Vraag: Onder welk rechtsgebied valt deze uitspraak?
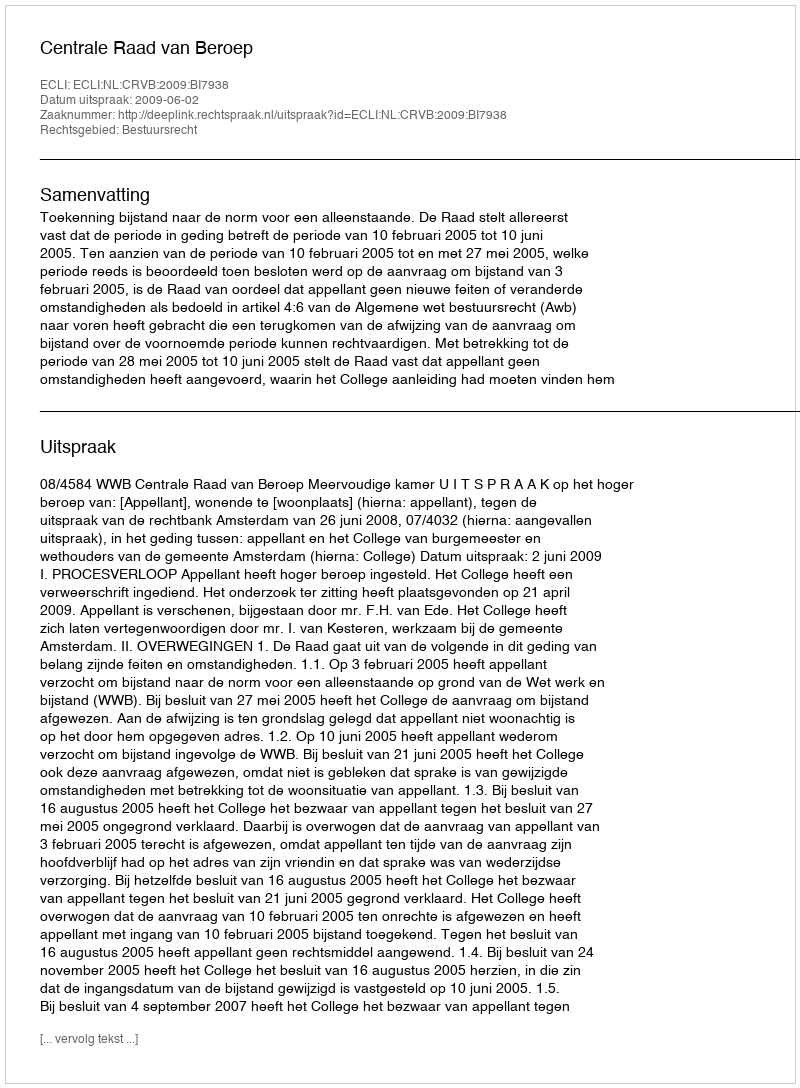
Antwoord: Bestuursrecht